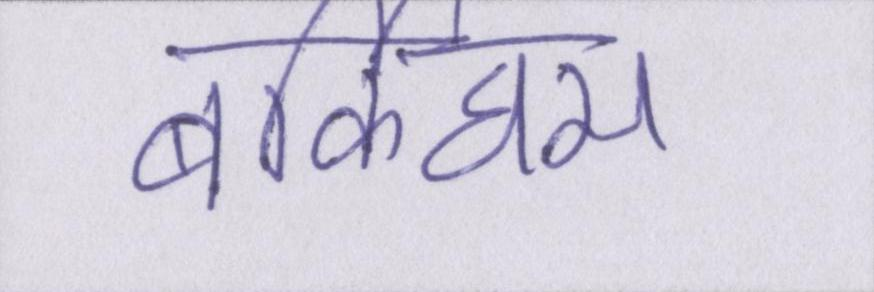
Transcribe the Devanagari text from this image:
बर्किघम